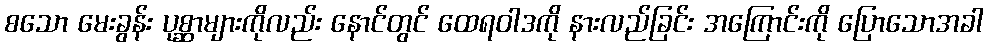
စသော မေးခွန်း ပုစ္ဆာများကိုလည်း နောင်တွင် ထေရဝါဒကို နားလည်ခြင်း အကြောင်းကို ပြောသောအခါ